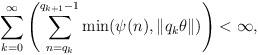
LaTeX: \begin{align*}\sum_{k=0}^\infty \left(\sum_{n=q_k}^{q_{k+1}-1}\min(\psi(n),\| q_k\theta\|)\right)<\infty,\end{align*}